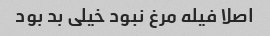
اصلا فیله مرغ نبود خیلی بد بود